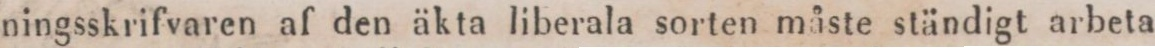
ningsskrifvaren af den äkta liberala sorten måste ständigt arbeta